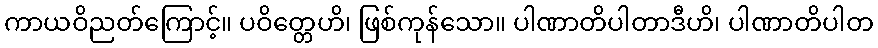
ကာယဝိညတ်ကြောင့်။ ပဝိတ္တေဟိ၊ ဖြစ်ကုန်သော။ ပါဏာတိပါတာဒီဟိ၊ ပါဏာတိပါတ